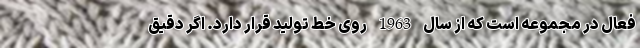
فعال در مجموعه است که از سال 1963 روی خط تولید قرار دارد. اگر دقیق